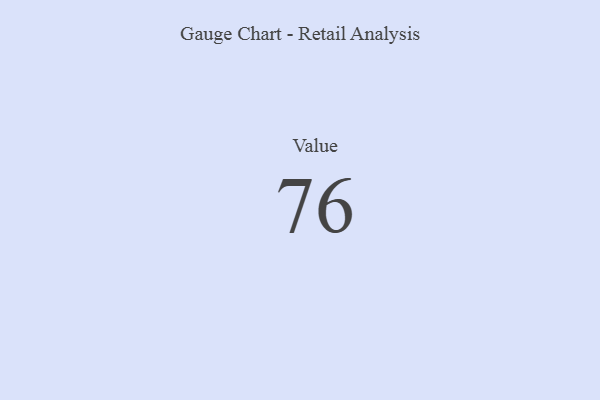
{"axis": {"x": "Metric", "y": "Value"}, "legend": [""], "data": [{"x": "Value", "y": 76, "type": ""}]}